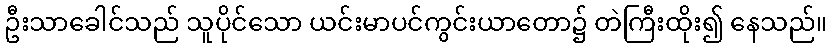
ဦးသာခေါင်သည် သူပိုင်သော ယင်းမာပင်ကွင်းယာတော၌ တဲကြီးထိုး၍ နေသည်။